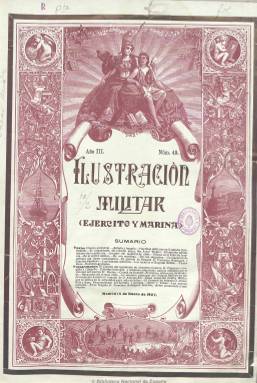
Título: La Ilustración militar (Madrid)
Otros títulos: Ejército y marina
Colección: Fuerzas armadas
Ámbito geográfico: Madrid
Lugar de publicación: Madrid
Fechas: 15/01/1907-30/12/1911

Este título comenzó a editarse hacia 1906, como continuación de la revista Ejército y marina. Su propietario y director es Manuel Montilla Medina. Su periodicidad es quincenal y de entre 16 y 20 páginas. Aunque abundan los fotograbados, incluye crónicas e informaciones de actualidad de política militar, prácticas, efemérides, nombramientos y perfiles biográficos, legislación y justicia, bibliografía e historia militar, tanto española como internacional. En su sección cultural informa de la actividad del Teatro Real. Entre sus colaboradores aparecen, entre otros, Domingo Arráiz de la Conderena, Ricardo Espí, José Echegaray, Modesto Navarro, Federico de Madariaga, Juan de Urquía y Pedro Albaladejo.